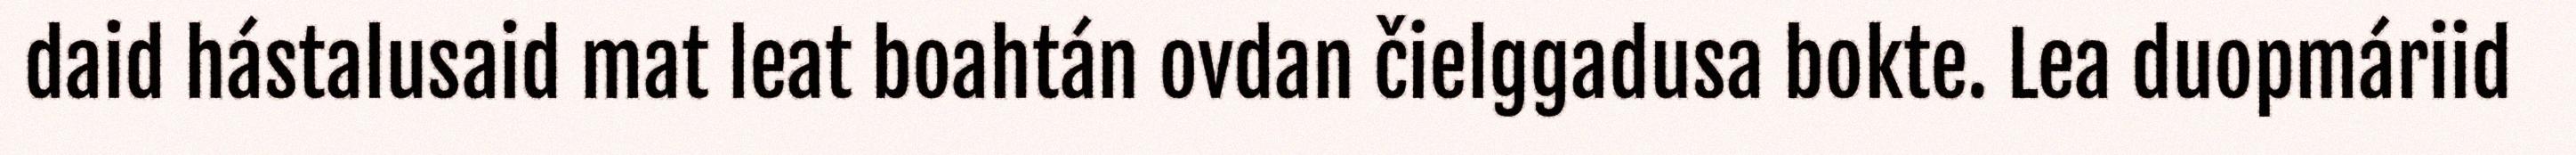
daid hástalusaid mat leat boahtán ovdan čielggadusa bokte. Lea duopmáriid